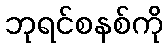
ဘုရင်စနစ်ကို